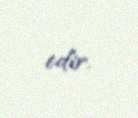
edir.